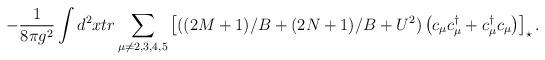
LaTeX: \begin{align*}-\frac{1}{8\pi g^{2} } \int d^{2}x tr \sum_{\mu \neq 2,3,4,5}\left[ ((2M+1)/B+(2N+1)/B+U^{2}) \left(c_{\mu} c_{\mu}^{\dagger} +c_{\mu}^{\dagger} c_{\mu} \right) \right]_{\star} .\end{align*}